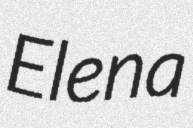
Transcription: Elena